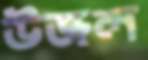
উজল